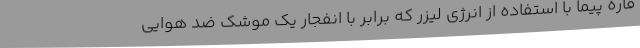
قاره پیما با استفاده از انرژی لیزر که برابر با انفجار یک موشک ضد هوایی